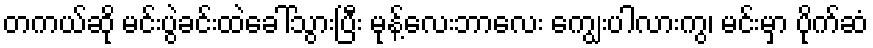
တကယ်ဆို မင်းပွဲခင်းထဲခေါ်သွားပြီး မုန့်လေးဘာလေး ကျွေးပါလားကွ၊ မင်းမှာ ပိုက်ဆံ